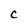
Character: c